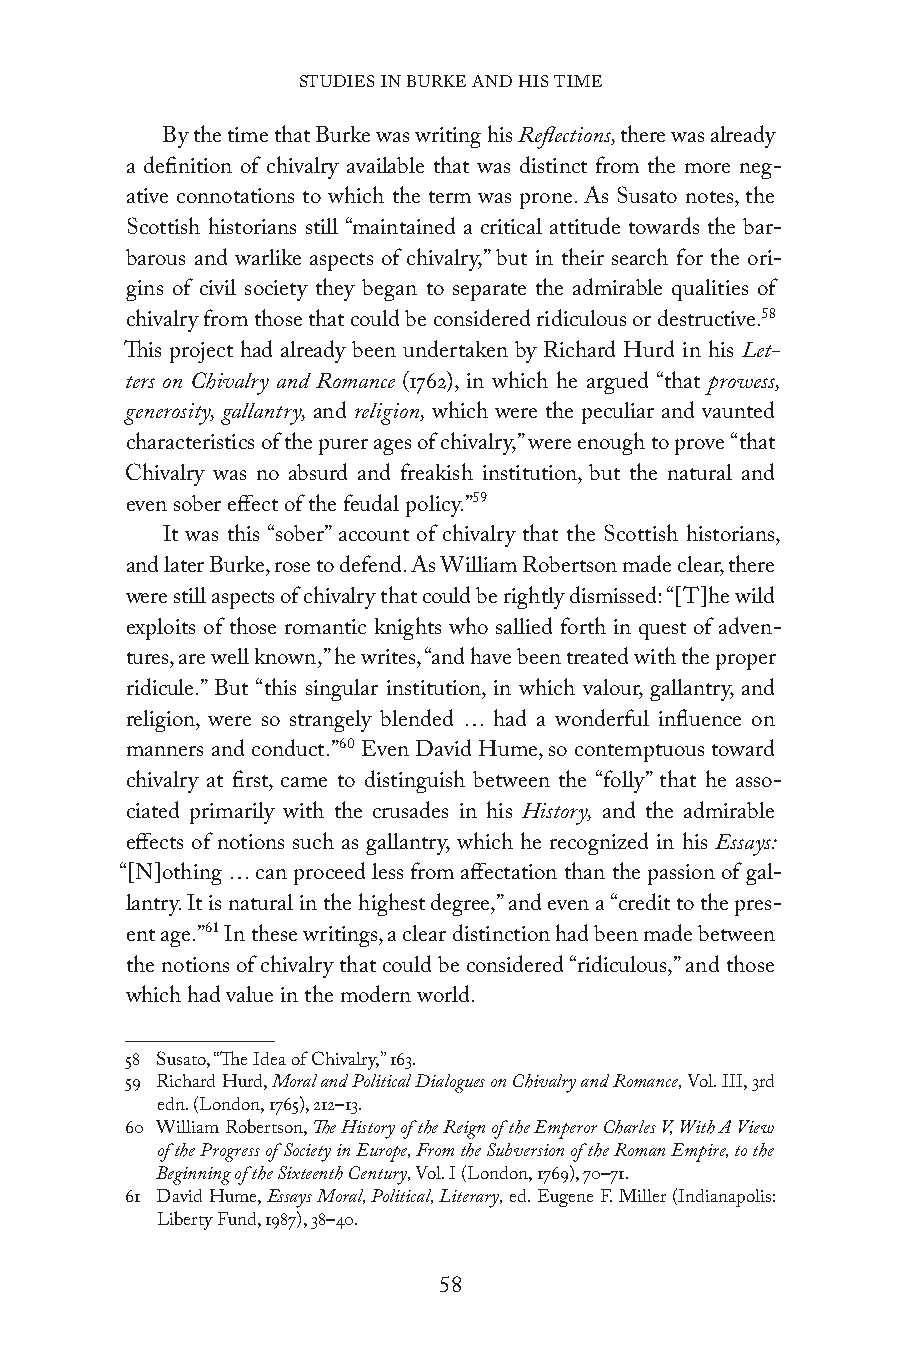
STUDIES IN BURKE AND HIS TIME
 By the time that Burke was writing his Reflections, there was already
 a definition of chivalry available that was distinct from the more neg-
 ative connotations to which the term was prone. As Susato notes, the
 Scottish historians still “maintained a critical attitude towards the bar-
 barous and warlike aspects of chivalry,” but in their search for the ori-
 gins of civil society they began to separate the admirable qualities of
 chivalry from those that could be considered ridiculous or destructive.58
 This project had already been undertaken by Richard Hurd in his Let-
 ters on Chivalry and Romance (1762), in which he argued “that prowess,
 generosity, gallantry, and religion, which were the peculiar and vaunted
 characteristics of the purer ages of chivalry,” were enough to prove “that
 Chivalry was no absurd and freakish institution, but the natural and
 even sober effect of the feudal policy.”59
 It was this “sober” account of chivalry that the Scottish historians,
 and later Burke, rose to defend. As William Robertson made clear, there
 were still aspects of chivalry that could be rightly dismissed: “[T]he wild
 exploits of those romantic knights who sallied forth in quest of adven-
 tures, are well known,” he writes, “and have been treated with the proper
 ridicule.” But “this singular institution, in which valour, gallantry, and
 religion, were so strangely blended … had a wonderful influence on
 manners and conduct.”60 Even David Hume, so contemptuous toward
 chivalry at first, came to distinguish between the “folly” that he asso-
 ciated primarily with the crusades in his History, and the admirable
 effects of notions such as gallantry, which he recognized in his Essays:
 “[N]othing … can proceed less from affectation than the passion of gal-
 lantry. It is natural in the highest degree,” and even a “credit to the pres-
 ent age.”61 In these writings, a clear distinction had been made between
 the notions of chivalry that could be considered “ridiculous,” and those
 which had value in the modern world.
 58 Susato, “The Idea of Chivalry,” 163.
 59 Richard Hurd, Moral and Political Dialogues on Chivalry and Romance, Vol. III, 3rd
 edn. (London, 1765), 212–13.
 60 William Robertson, The History of the Reign of the Emperor Charles V, With A View
 of the Progress of Society in Europe, From the Subversion of the Roman Empire, to the
 Beginning of the Sixteenth Century, Vol. I (London, 1769), 70–71.
 61 David Hume, Essays Moral, Political, Literary, ed. Eugene F. Miller (Indianapolis:
 Liberty Fund, 1987), 38–40.
 58